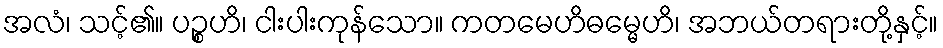
အလံ၊ သင့်၏။ ပဉ္စဟိ၊ ငါးပါးကုန်သော။ ကတမေဟိဓမ္မေဟိ၊ အဘယ်တရားတို့နှင့်။